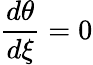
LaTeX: \frac{d\theta}{d\xi}=0